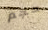
حجم